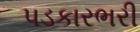
પડકારભરી